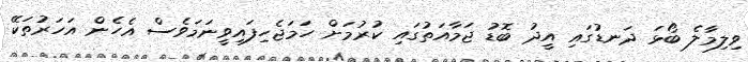
ވިލިމާލެ ބޯޅަ ދަނޑުގައި އީދު ބޮޑު ޖަމާއަތުގައި ކުރުމަށް ހަމަޖެހިފައިވީނަމަވެސް އެހެން އަހަރުތަކޭ